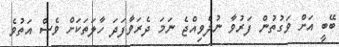
ބޭބީ އަށް ވަގުތުން ފަރުވާ ނުދެވިއްޖެ ނަމަ ދެރަވާފަދަ ހާލަތަކަށް ވެސް އަތުވެ